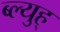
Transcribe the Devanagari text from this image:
ब्ल्युह्